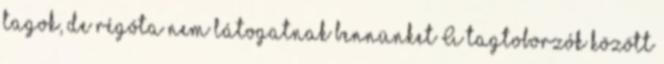
tagok, de régóta nem látogatnak bennünket A tagtoborzók között